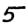
Digit: 5